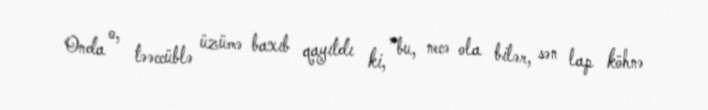
Onda o, təəccüblə üzümə baxıb qayıtdı ki, ”bu, necə ola bilər, sən lap köhnə